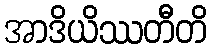
အာဒိယိဿတီတိ